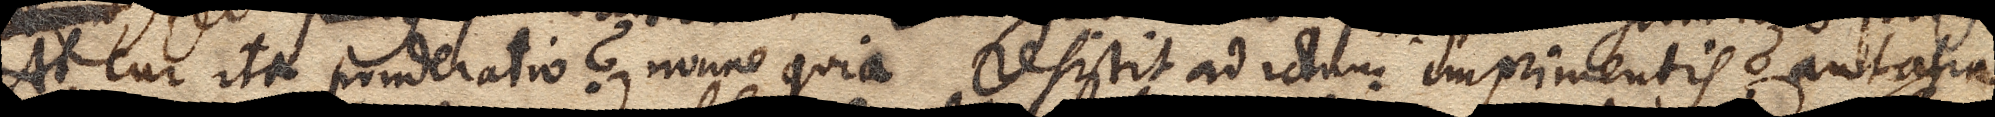
At cur ita ponderatio? Nonne quia resistit ad ictum imprimentis? Aut alia